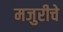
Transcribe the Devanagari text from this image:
मजुरीचे